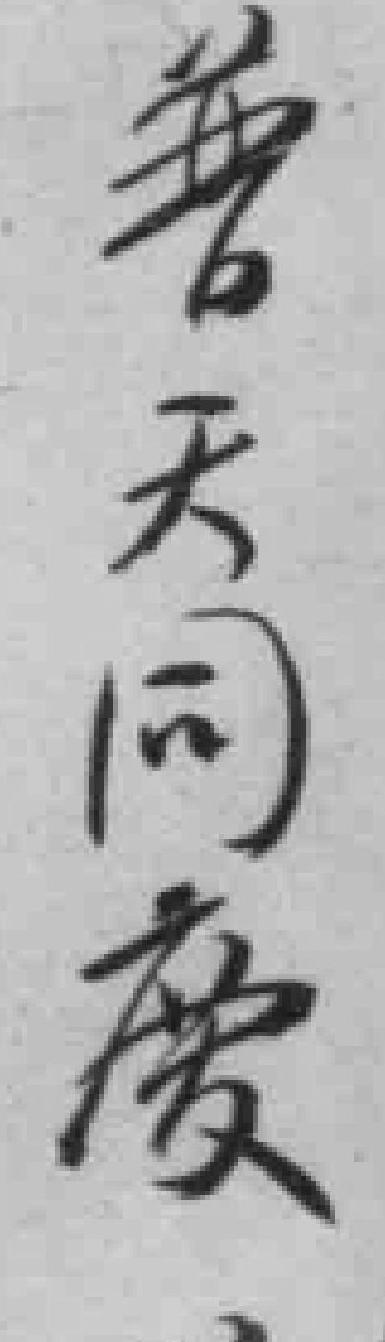
普天同慶